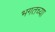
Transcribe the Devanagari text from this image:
भगतच्या